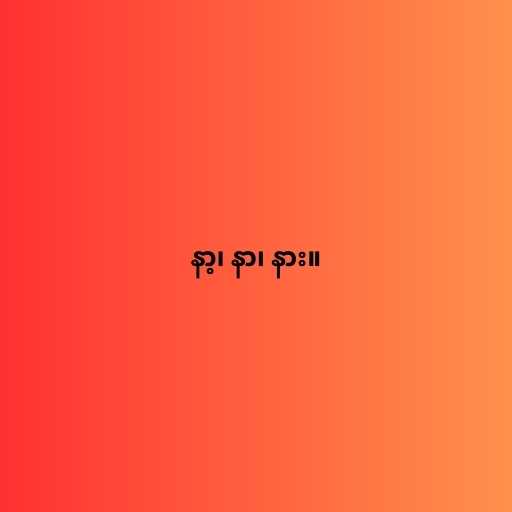
နာ့၊ နာ၊ နား။